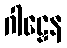
ဂါဠှေန